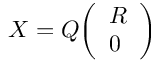
X = Q { \left( \begin{array} { l } { R } \\ { 0 } \end{array} \right) }